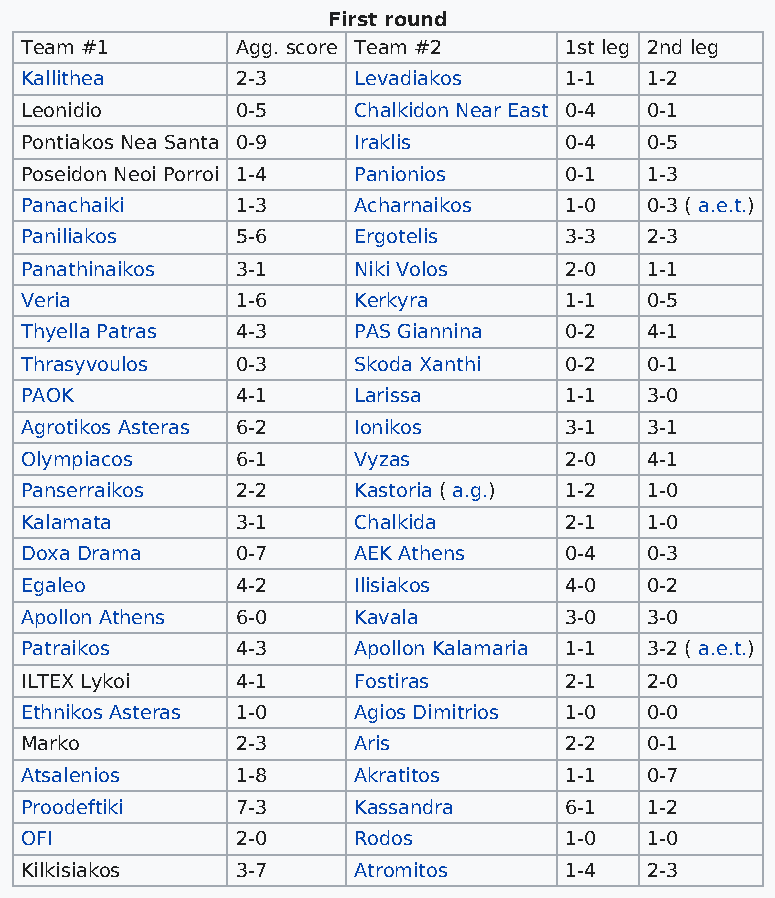
First round
 Team #1        Agg. score Team #2   1st leg 2nd leg
 Kallithea      2-3    Levadiakos    1-1   1-2
 Leonidio       0-5    Chalkidon Near East 0-4 0-1
 Pontiakos Nea Santa 0-9 Iraklis     0-4   0-5
 Poseidon Neoi Porroi 1-4 Panionios  0-1   1-3
 Panachaiki     1-3    Acharnaikos   1-0   0-3 ( a.e.t.)
 Paniliakos     5-6    Ergotelis     3-3   2-3
 Panathinaikos  3-1    Niki Volos    2-0   1-1
 Veria          1-6    Kerkyra       1-1   0-5
 Thyella Patras 4-3    PAS Giannina  0-2   4-1
 Thrasyvoulos   0-3    Skoda Xanthi  0-2   0-1
 PAOK           4-1    Larissa       1-1   3-0
 Agrotikos Asteras 6-2 Ionikos       3-1   3-1
 Olympiacos     6-1    Vyzas         2-0   4-1
 Panserraikos   2-2    Kastoria ( a.g.) 1-2 1-0
 Kalamata       3-1    Chalkida      2-1   1-0
 Doxa Drama     0-7    AEK Athens    0-4   0-3
 Egaleo         4-2    Ilisiakos     4-0   0-2
 Apollon Athens 6-0    Kavala        3-0   3-0
 Patraikos      4-3    Apollon Kalamaria 1-1 3-2 ( a.e.t.)
 ILTEX Lykoi    4-1    Fostiras      2-1   2-0
 Ethnikos Asteras 1-0  Agios Dimitrios 1-0 0-0
 Marko          2-3    Aris          2-2   0-1
 Atsalenios     1-8    Akratitos     1-1   0-7
 Proodeftiki    7-3    Kassandra     6-1   1-2
 OFI            2-0    Rodos         1-0   1-0
 Kilkisiakos    3-7    Atromitos     1-4   2-3